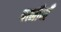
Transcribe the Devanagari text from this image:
पत्नीयाँ